65_HS1-834228961_62-HQ-83894_Section_8
Agency: FBI
Page 171
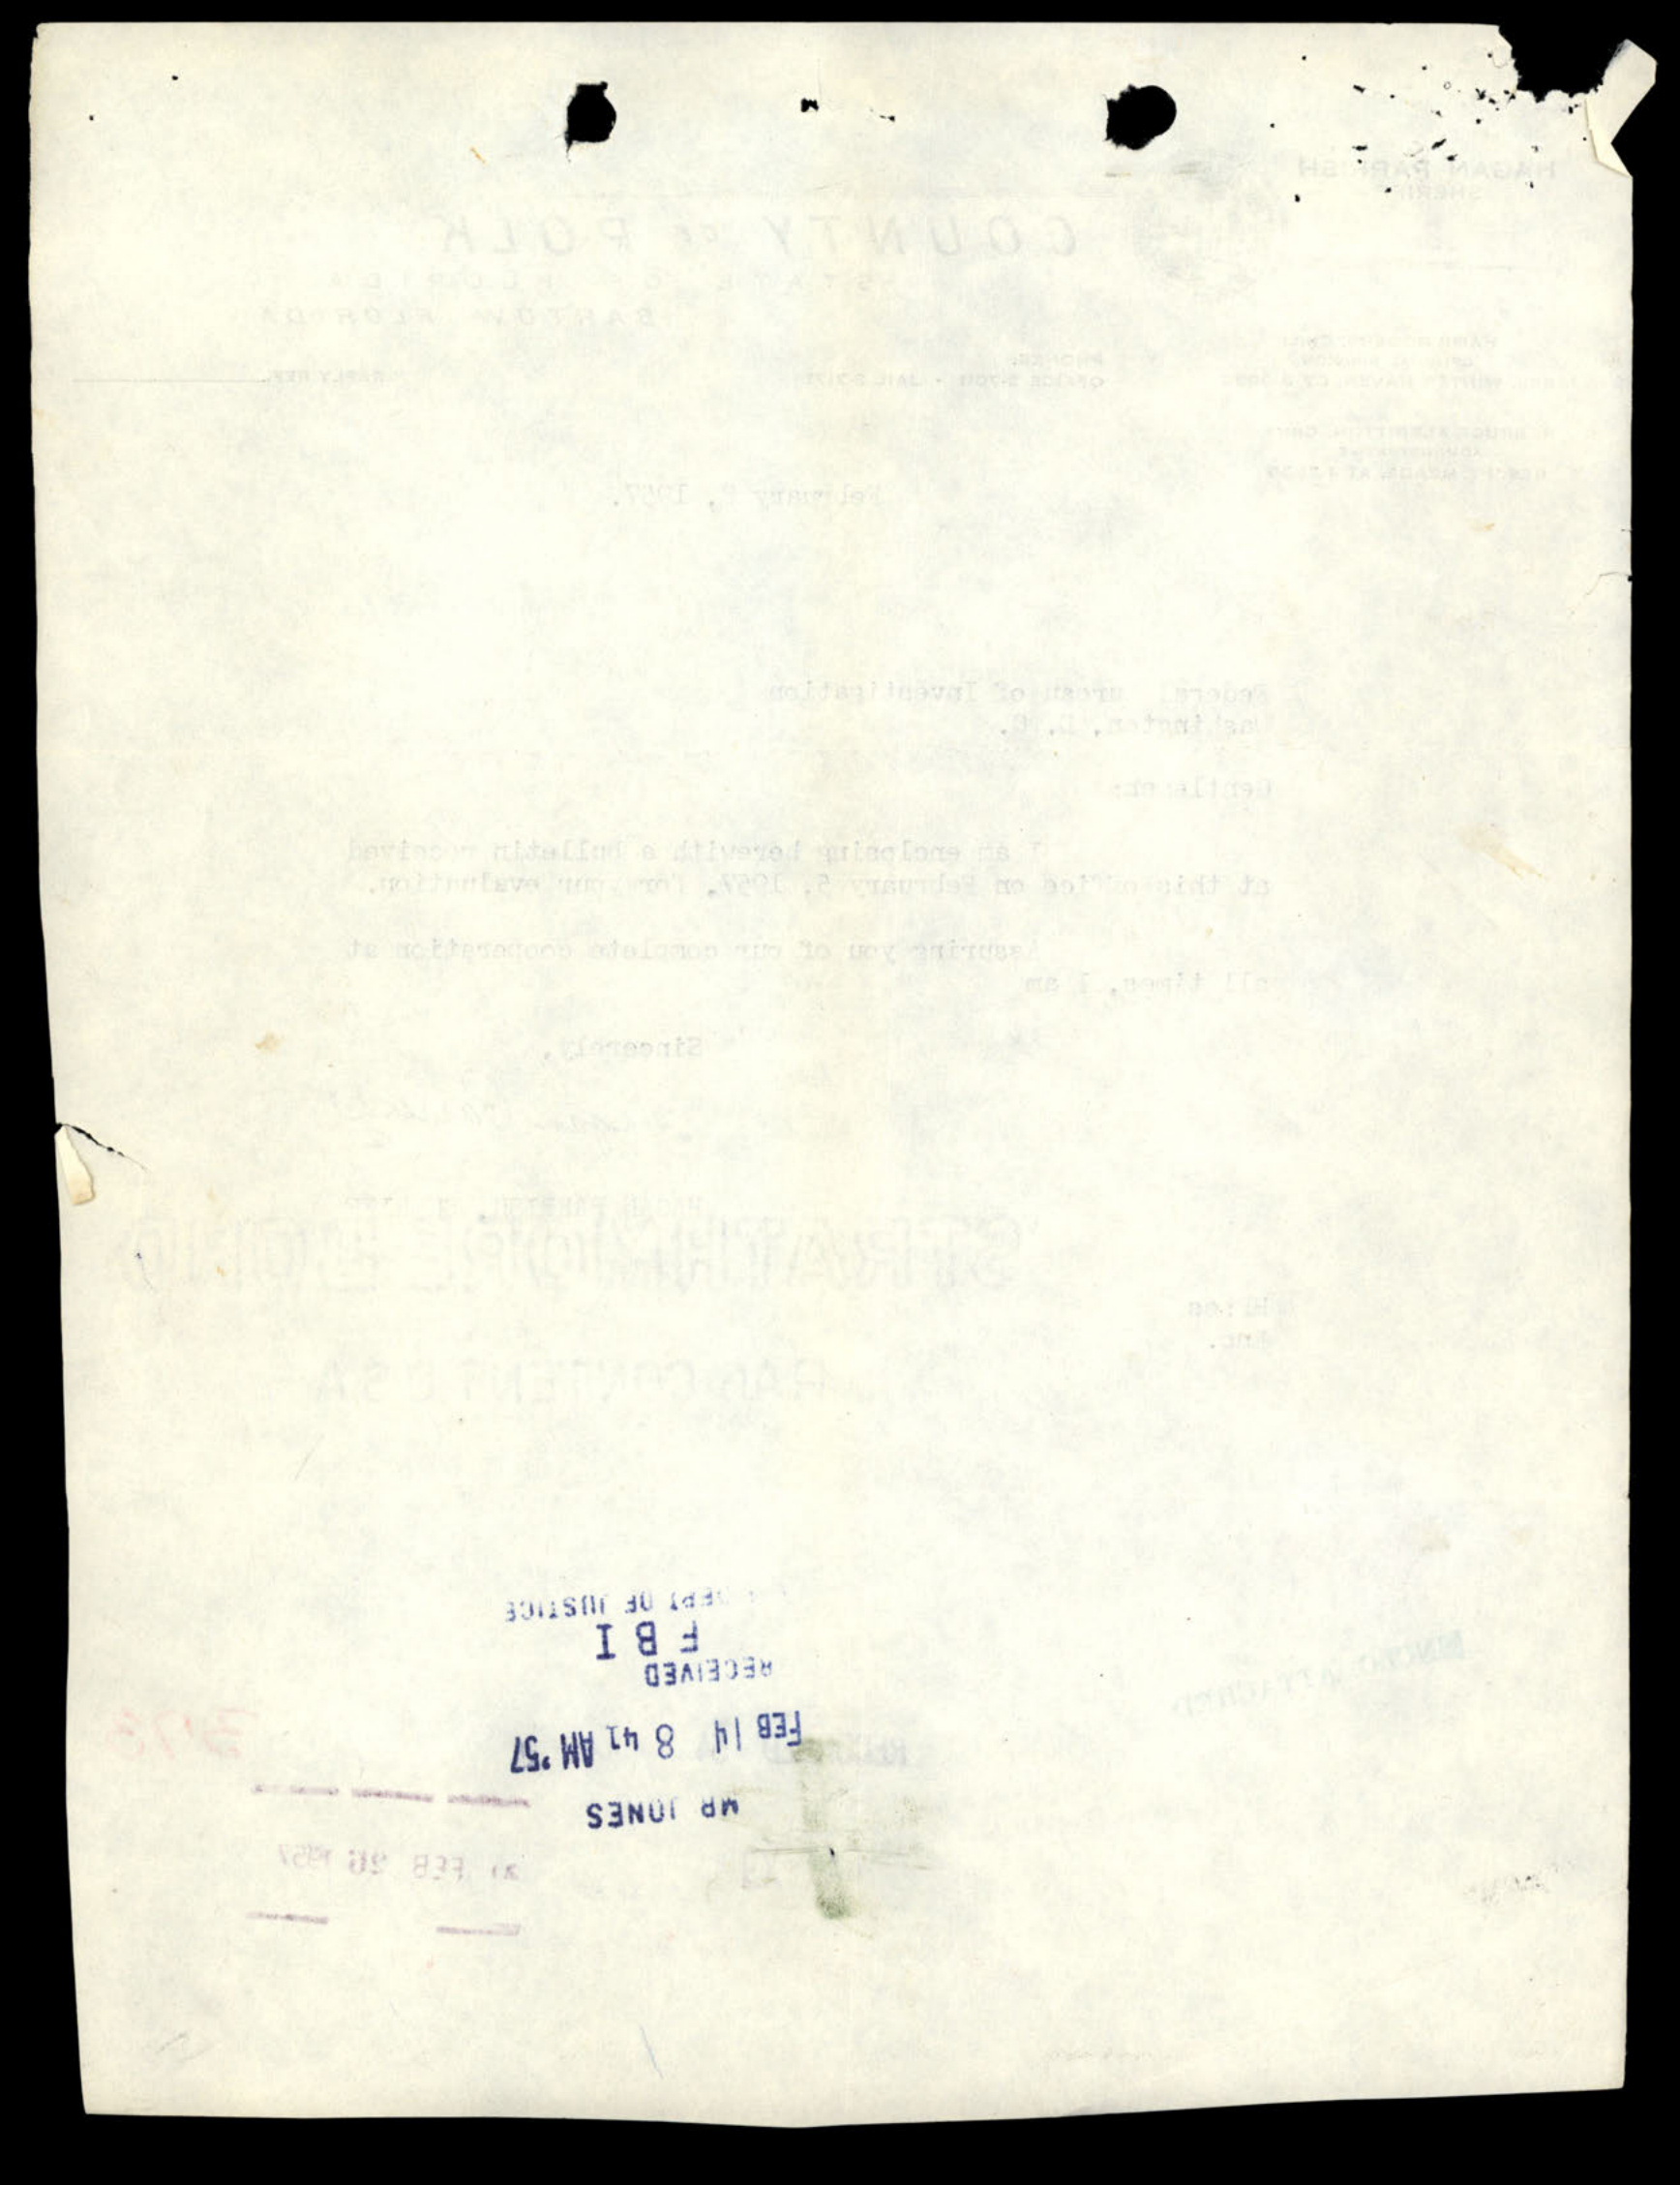